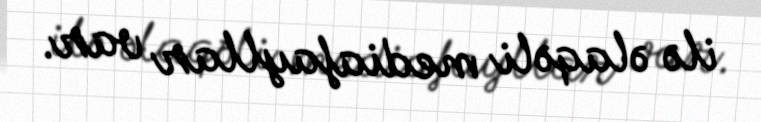
ilə əlaqəli mediafayllar var.